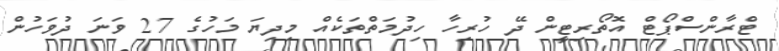
ޓްރާންސްޕޯޓް އޮތޯރިޓީން ދޭ ހުރިހާ ހިދުމަތްތަކެއް މިދިޔަ މަހުގެ 27 ވަނަ ދުވަހުން